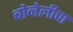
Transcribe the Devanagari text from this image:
बोनेलीचा